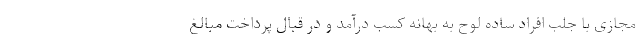
مجازی با جلب افراد ساده لوح به بهانه کسب درآمد و در قبال پرداخت مبالغ